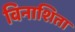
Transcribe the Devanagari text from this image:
विनाशिता